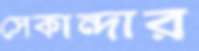
সেকান্দার